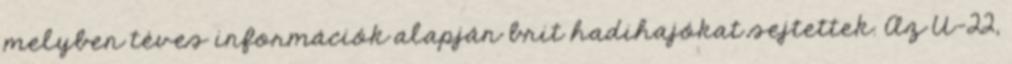
melyben téves információk alapján brit hadihajókat sejtettek. Az U-22,